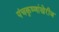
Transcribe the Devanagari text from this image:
पंचकृष्णांखेरीज